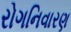
રોગનિવારણ